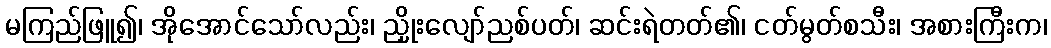
မကြည်ဖြူ၍၊ အိုအောင်သော်လည်း၊ ညှိုးလျော်ညစ်ပတ်၊ ဆင်းရဲတတ်၏၊ ငတ်မွတ်စသီး၊ အစားကြီးက၊